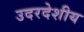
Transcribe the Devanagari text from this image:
उदरदेशीय